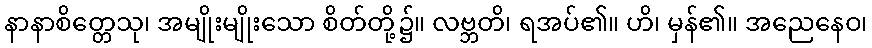
နာနာစိတ္တေသု၊ အမျိုးမျိုးသော စိတ်တို့၌။ လဗ္ဘတိ၊ ရအပ်၏။ ဟိ၊ မှန်၏။ အညေနေဝ၊